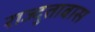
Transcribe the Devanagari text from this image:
राज्दुताबास